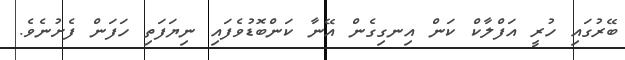
ބޭރުގައި ހުރީ އަފްލާކް ކަން އިނގިގެން އޭނާ ކަންބޮޑުވެފައި ނިޔަފަތި ހަފަން ފެށުނެވެ.